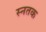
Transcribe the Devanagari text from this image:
स्नतक